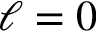
\ell = 0